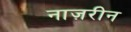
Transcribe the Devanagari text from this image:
नाज़रीन